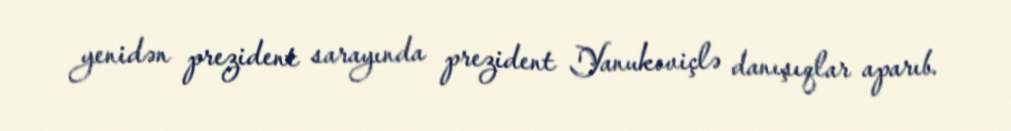
yenidən prezident sarayında prezident Yanukoviçlə danışıqlar aparıb.